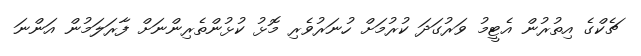
ޗެކްގެ އިތުރުން އެޓީމު ވަރުގަދަ ކުރުމަށް ހުނަރުވެރި މޮޅު ކުޅުންތެރިންނަށް ފާރަލަމުން އަންނަ